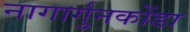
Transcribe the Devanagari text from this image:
नागार्गुनकोंडा